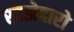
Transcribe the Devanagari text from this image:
साझेदारो